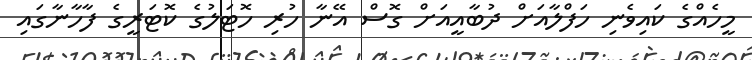
މީހެއްގެ ކައިވެނި ހަފްލާއަށް ދުބާއީއަށް ގޮސް އޭނާ ހުރި ހޮޓަލުގެ ކޮޓަރީގެ ފާހާނާގައި